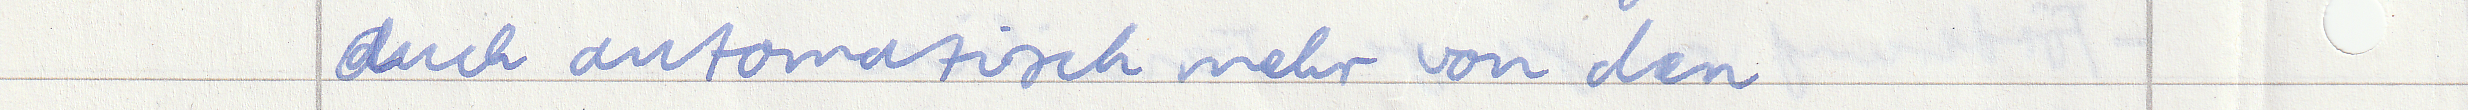
auch automatisch mehr von den